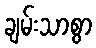
ချမ်းသာစွာ